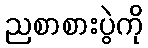
ညစာစားပွဲကို